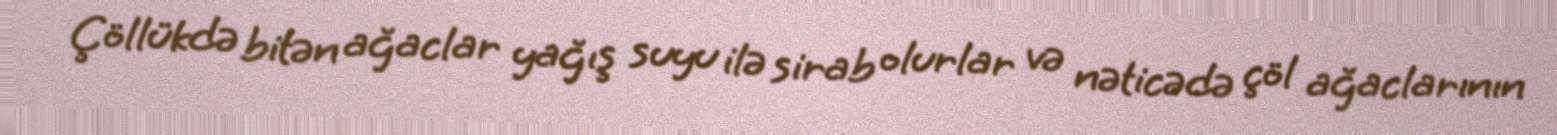
Çöllükdə bitən ağaclar yağış suyu ilə sirab olurlar və nəticədə çöl ağaclarının